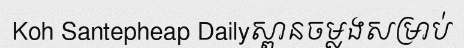
Koh Santepheap Dailyស្ពានចម្លងសម្រាប់